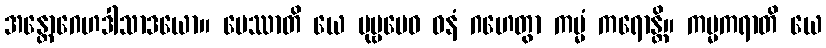
အန္တောဂေဟဒါသာဒယော။ ပေဿာတိ ယေ ပုဗ္ဗမေဝ ဓနံ ဂဟေတွာ ကမ္မံ ကရောန္တိ။ ကမ္မကရာတိ ယေ